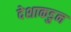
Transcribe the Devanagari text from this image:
देशाकडुन